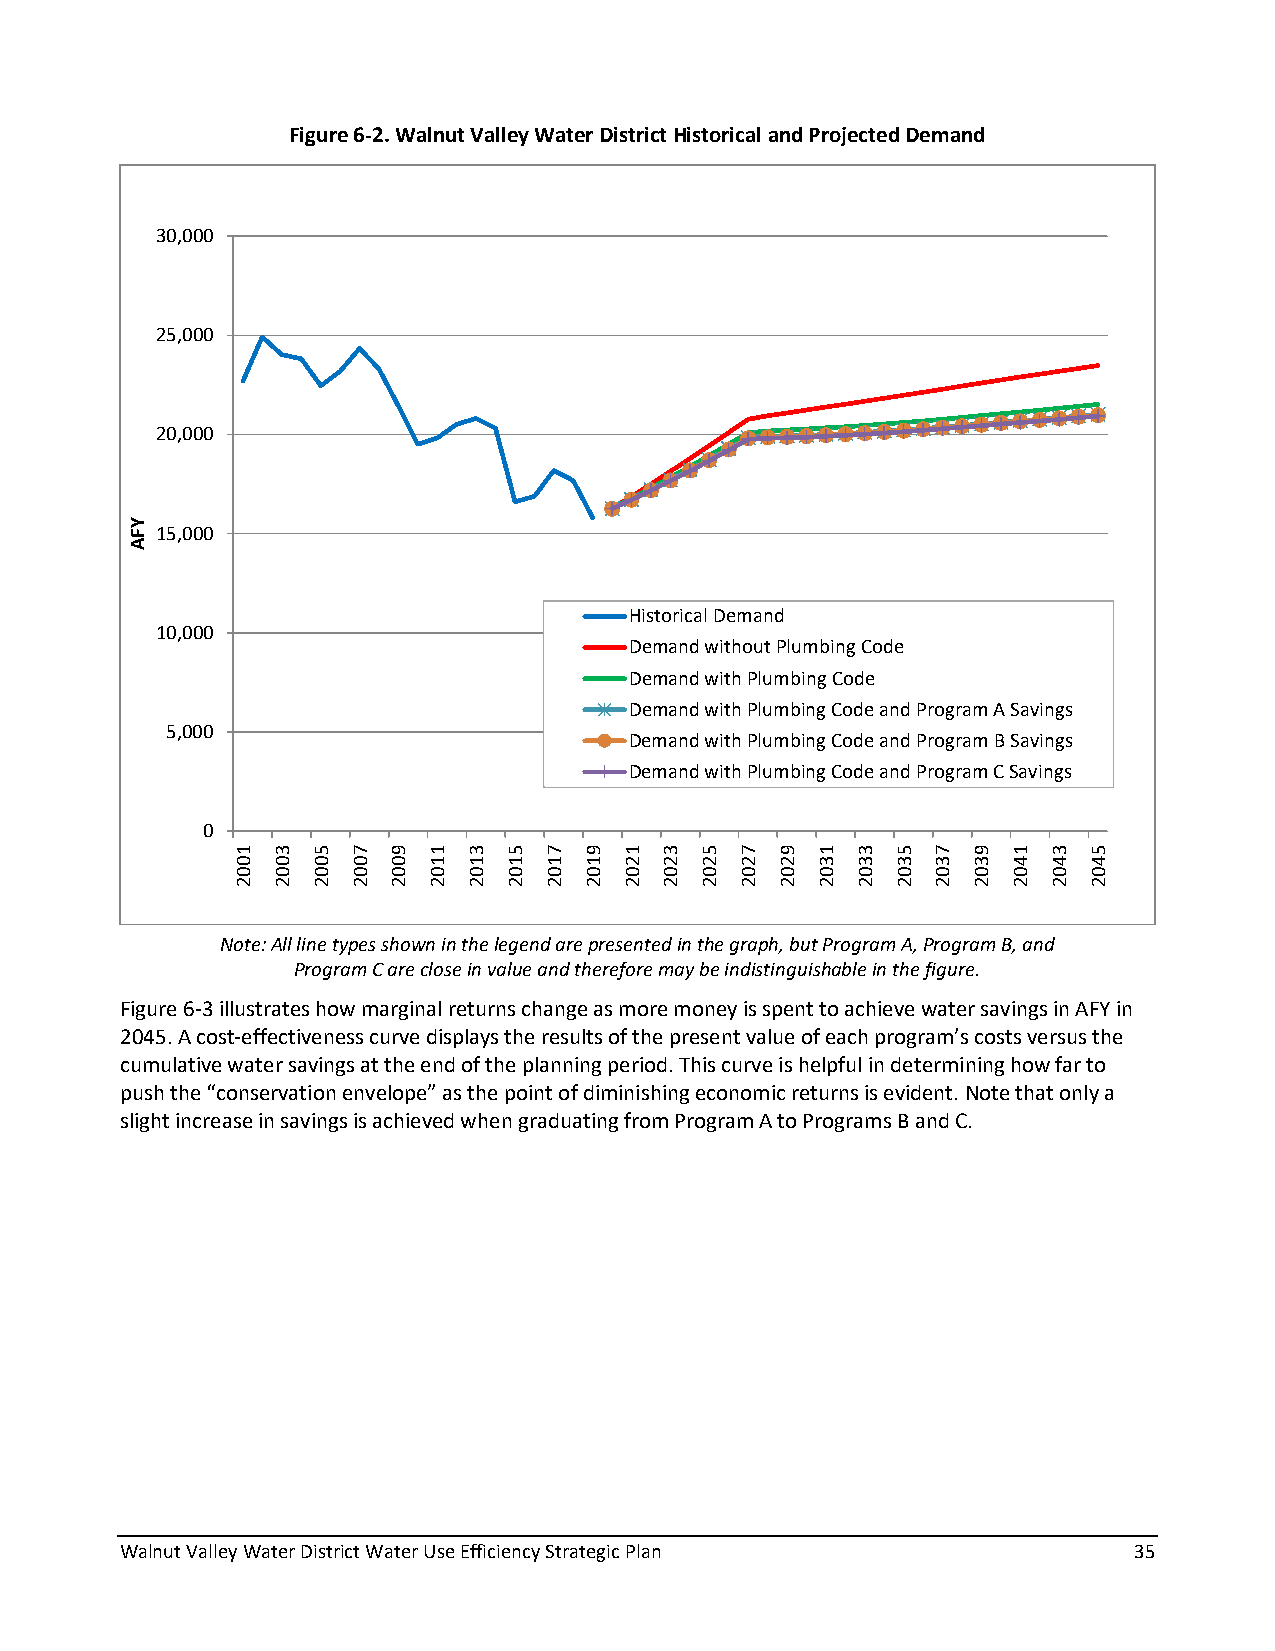
Figure 6-2. Walnut Valley Water District Historical and Projected Demand
 30,000
 25,000
 20,000
 15,000
 Historical Demand
 10,000
 Demand without Plumbing Code
 Demand with Plumbing Code
 Demand with Plumbing Code and Program A Savings
 5,000
 Demand with Plumbing Code and Program B Savings
 Demand with Plumbing Code and Program C Savings
 0
 Note: All line types shown in the legend are presented in the graph, but Program A, Program B, and
 Program C are close in value and therefore may be indistinguishable in the figure.
 Figure 6-3 illustrates how marginal returns change as more money is spent to achieve water savings in AFY in
 2045. A cost-effectiveness curve displays the results of the present value of each program’s costs versus the
 cumulative water savings at the end of the planning period. This curve is helpful in determining how far to
 push the “conservation envelope” as the point of diminishing economic returns is evident. Note that only a
 slight increase in savings is achieved when graduating from Program A to Programs B and C.
 Walnut Valley Water District Water Use Efficiency Strategic Plan   35
 YFA
 1002 3002 5002 7002 9002 1102 3102 5102 7102 9102 1202 3202 5202 7202 9202 1302 3302 5302 7302 9302 1402 3402 5402